Annual report on the mental hospital in the Central Provinces and Berar (Nagpur) - 1927-1951
Year: 1927
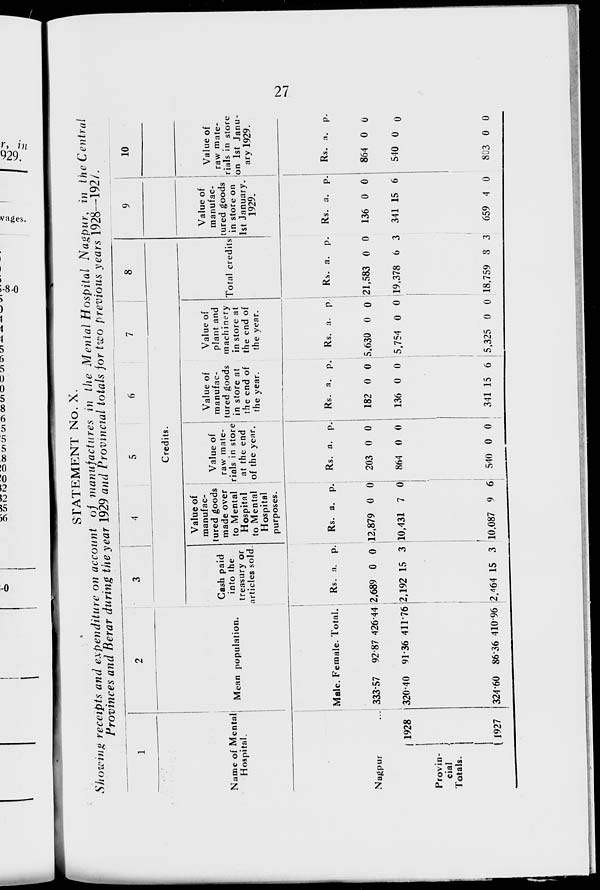
27
STATEMENT No. X.
Showing receipts and expenditure on account of manufactures in the Mental Hospital Nagpur, in the Central
Provinces and Berar during the year 1929 and Provincial totals for two previous years 1928—1927.
1
Name of Mental
Hospital.
Nagpur
...
Provin-
cial
Totals.
1928
1927
2
3
4
5
6
7
8
Credits.
Mean population.
Male.
333.57
320.40
324.60
Female.
92.87
91.36
86.36
Total.
426.44
411.76
110.96
Cash paid
into the
treasury or
articles sold.
Rs.
2,689
2,192
2,464
a.
0
15
15
p.
0
3
3
Value of
manufac-
tured goods
made over
to Mental
Hospital
to Mental
Hospital
purposes.
Rs.
12,879
10,431
10,087
a.
0
7
9
p.
0
0
6
Value of
raw mate-
rials in store
at the end
of the year.
Rs.
203
864
540
a.
0
0
0
p.
0
0
0
Value of
manufac-
tured goods
in store at
the end of
the year.
Rs.
182
136
341
a.
0
0
15
p.
0
0
6
Value of
plant and
machinery
in store at
the end of
the year.
Rs.
5,630
5,754
5,325
a.
0
0
0
p.
0
0
0
Total credits
Rs. a.
21,583
19,378
18,759
0
6
3
p.
0
3
3
9
Value of
manufac-
tured goods
in store on
1st January.
1929.
Rs.
136
341
659
a.
0
15
4
p.
0
6
0
10
Value of
raw mate-
rials in store
on 1st Janu-
ary 1929.
Rs.
864
540
803
a.
0
0
0
p.
0
0
0